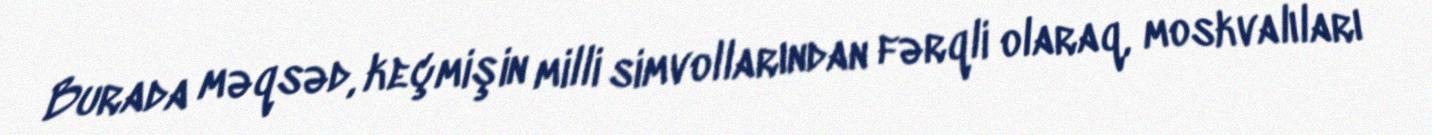
Burada məqsəd, keçmişin milli simvollarından fərqli olaraq, moskvalıları